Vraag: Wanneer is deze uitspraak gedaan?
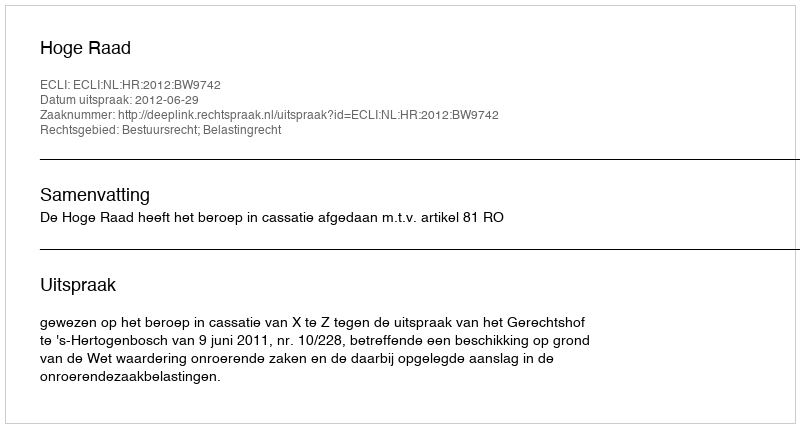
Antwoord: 2012-06-29